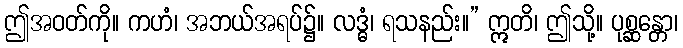
ဤအဝတ်ကို။ ကဟံ၊ အဘယ်အရပ်၌။ လဒ္ဓံ၊ ရသနည်း။” ဣတိ၊ ဤသို့။ ပုစ္ဆန္တော၊